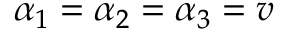
\alpha _ { 1 } = \alpha _ { 2 } = \alpha _ { 3 } = v